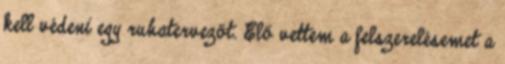
kell védeni egy ruhatervezőt. Elő vettem a felszerelésemet a